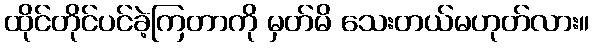
ထိုင်တိုင်ပင်ခဲ့ကြတာကို မှတ်မိ သေးတယ်မဟုတ်လား။